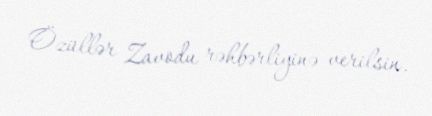
Özüllər Zavodu rəhbərliyinə verilsin.